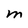
Character: M